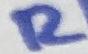
Text: R